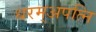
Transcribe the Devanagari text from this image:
धरम्अपत्नि